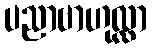
ပညာဗာဟုလ္လာ